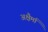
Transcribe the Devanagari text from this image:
अक्षैर्मा